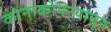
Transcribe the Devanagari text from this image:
कोनाकोपर्‍यांतून